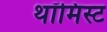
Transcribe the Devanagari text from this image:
थॉमिस्ट